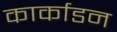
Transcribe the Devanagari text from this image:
कार्काडन